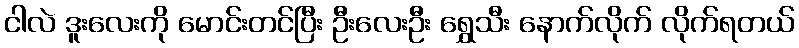
ငါလဲ ဒူးလေးကို မောင်းတင်ပြီး ဦးလေးဦး ရွှေသီး နောက်လိုက် လိုက်ရတယ်